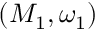
( M _ { 1 } , \omega _ { 1 } )